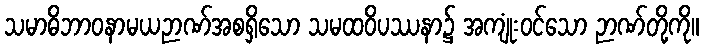
သမာဓိဘာဝနာမယဉာဏ်အစရှိသော သမထဝိပဿနာ၌ အကျုံးဝင်သော ဉာဏ်တို့ကို။